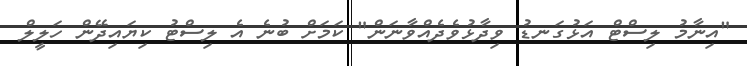
"އިނާމު ލިސްޓް އަޅުގަނޑު ވިދާޅުވެދެއްވާނަން" ކަމަށް ބުނެ އެ ލިސްޓު ކިޔައިދޭން ހަލީލް